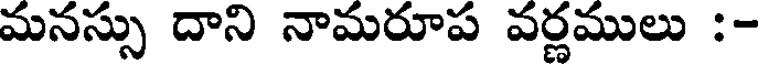
మనస్సు దాని నామరూప వర్ణములు :-